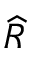
\widehat { R }